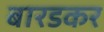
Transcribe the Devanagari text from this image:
बारडकर